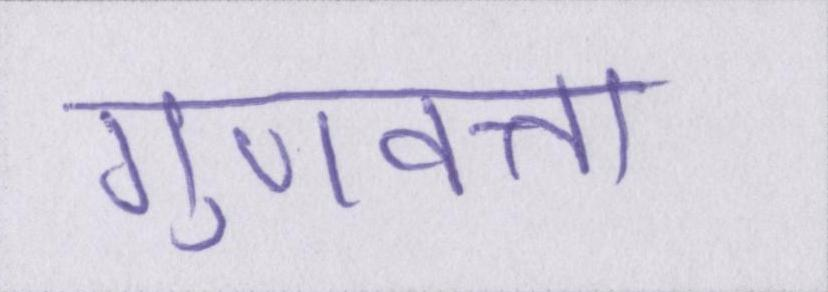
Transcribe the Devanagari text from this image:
गुणवत्ता